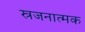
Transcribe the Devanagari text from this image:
स्रजनात्मक